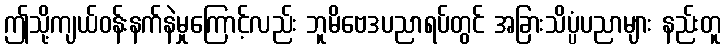
ဤသို့ကျယ်ဝန်းနက်နဲမှုကြောင့်လည်း ဘူမိဗေဒပညာရပ်တွင် အခြားသိပ္ပံပညာများ နည်းတူ